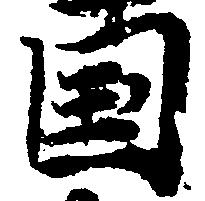
国